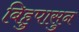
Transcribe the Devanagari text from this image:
बिहुपासुन